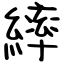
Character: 繂